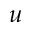
\boldsymbol { u }